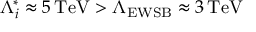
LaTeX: \Lambda _ { i } ^ { * } \approx 5 \, \mathrm { T e V } > \Lambda _ { \mathrm { E W S B } } \approx 3 \, \mathrm { T e V }